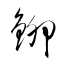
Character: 鉚